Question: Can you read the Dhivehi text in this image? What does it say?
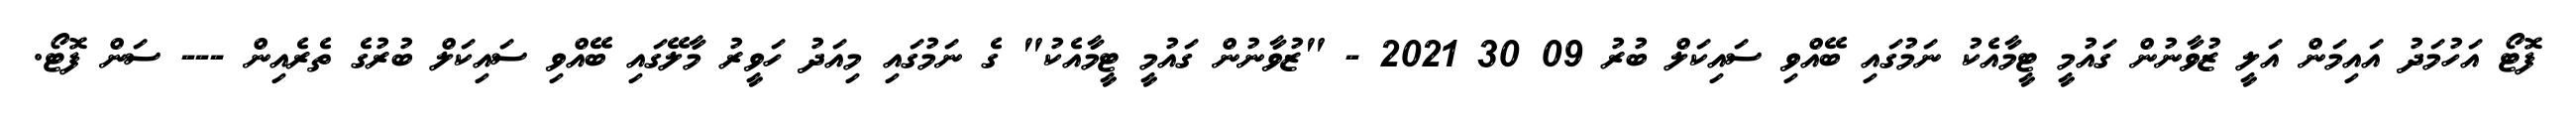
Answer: ފޮޓޯ އަހުމަދު އައިމަން އަލީ ޒުވާނުން ގައުމީ ޓީމާއެކު ނަމުގައި ބޭއްވި ސައިކަލް ބުރު 09 30 2021 - "ޒުވާނުން ގައުމީ ޓީމާއެކު" ގެ ނަމުގައި މިއަދު ހަވީރު މާލޭގައި ބޭއްވި ސައިކަލް ބުރުގެ ތެރެއިން --- ސަން ފޮޓޯ.